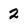
Character: 2